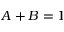
A + B = 1